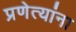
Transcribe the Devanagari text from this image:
प्रणेत्यांना